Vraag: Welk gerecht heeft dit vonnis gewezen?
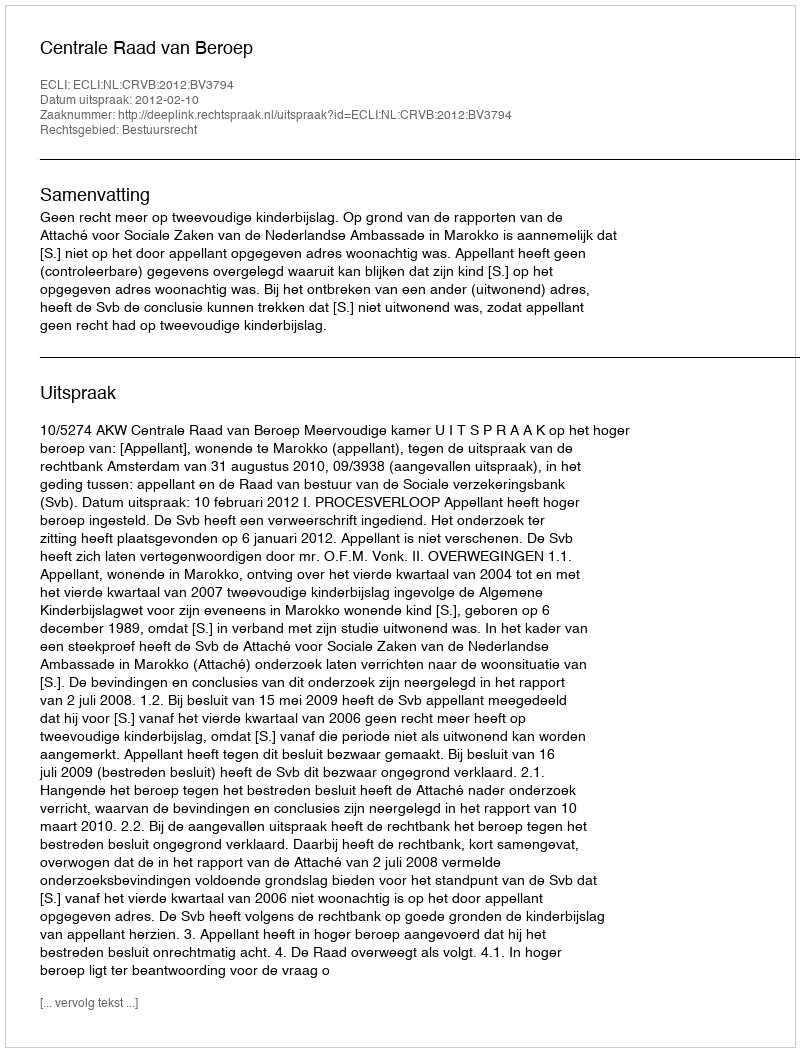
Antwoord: Centrale Raad van Beroep